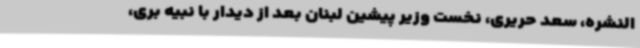
النشره، سعد حریری، نخست وزیر پیشین لبنان بعد از دیدار با نبیه بری،